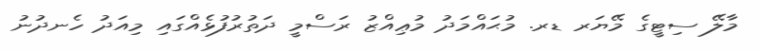
މާލޭ ސިޓީގެ މޭޔަރ ޑރ. މުޙައްމަދު މުޢިއްޒު ރަސްމީ ދަތުރުފުޅެއްގައި މިއަދު ހެނދުނު